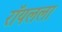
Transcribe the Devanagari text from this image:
रॉयलला